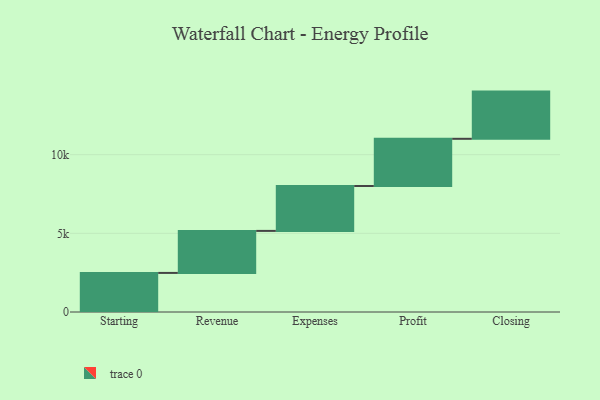
{"axis": {"x": "Step", "y": "Value"}, "legend": [""], "data": [{"x": "Starting", "y": 2484.0, "type": ""}, {"x": "Revenue", "y": 2671.0, "type": ""}, {"x": "Expenses", "y": 2854.0, "type": ""}, {"x": "Profit", "y": 3000, "type": ""}, {"x": "Closing", "y": 3000, "type": ""}]}